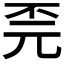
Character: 𫠫